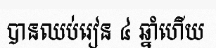
បានឈប់រៀន ៤ ឆ្នាំហើយ